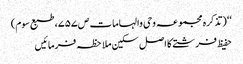
‘‘ (تذکرہ مجموعہ وحی والہامات ص۷۵۷، طبع سوم)
حفیظ فرشتے کا اصل سکین ملاحظہ فرمائیں